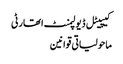
کیپیٹل ڈیولپمنٹ اتھارٹی
ماحولیاتی قوانین